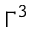
\Gamma ^ { 3 }